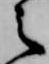
之